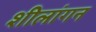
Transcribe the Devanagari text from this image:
शीलांगन